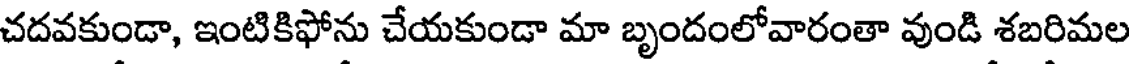
చదవకుండా, ఇంటికిఫోను చేయకుండా మా బృందంలోవారంతా వుండి శబరిమల